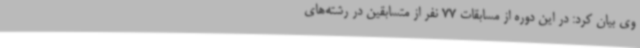
وی بیان کرد: در این دوره از مسابقات 77 نفر از متسابقین در رشته‌های